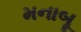
મનાબૂ